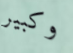
وكبير